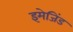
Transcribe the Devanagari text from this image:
इमेजिंड